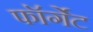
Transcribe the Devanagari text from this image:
फॉर्गेट